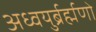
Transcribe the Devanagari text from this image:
अध्वयुर्ब्रर्ह्मणो